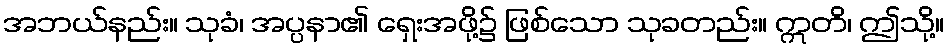
အဘယ်နည်း။ သုခံ၊ အပ္ပနာ၏ ရှေးအဖို့၌ ဖြစ်သော သုခတည်း။ ဣတိ၊ ဤသို့။